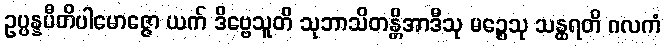
ဥပ္ပန္နပီတိပါမောဇ္ဇော ယက် ဒိဗ္ဗေသူတိ သုဘာသိတန္တိအာဒီသု မဉ္စေသု သန္ထရတိ ဂလကံ